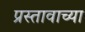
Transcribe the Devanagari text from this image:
प्रस्तावाच्या